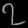
Digit: ၇